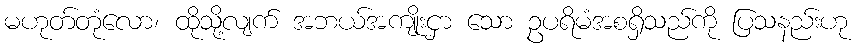
မဟုတ်တုံလော၊ ထိုသို့လျက် အဘယ်အကျိုးငှာ သော ဥပရိမံအစရှိသည်ကို ပြသနည်းဟု